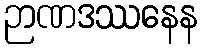
ဉာဏဒဿနေန